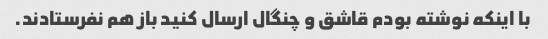
با اینکه نوشته بودم قاشق و چنگال ارسال کنید باز هم نفرستادند.